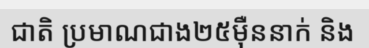
ជាតិ ប្រមាណជាង២៥ម៉ឺននាក់ និង